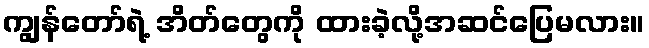
ကျွန်တော်ရဲ့ အိတ်တွေကို ထားခဲ့လို့အဆင်ပြေမလား။